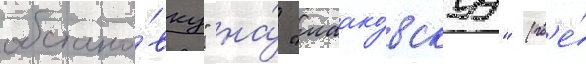
обстано́вку" на́ "маако́вскуу" (гд'е́